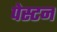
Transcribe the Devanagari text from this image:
पेस्टन